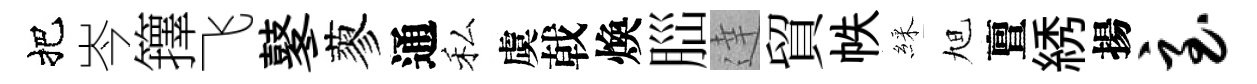
把岑籜飞鼕蓼通私虞戟煥𦛁達貿帙綵旭亶綉揚至